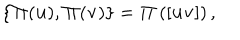
{ } \{ { \bf \Pi } ( { \bf u } ) , { \bf \Pi } ( { \bf v } ) \} = { \bf \Pi } \left( [ { \bf u } { \bf v } ] \right) ,